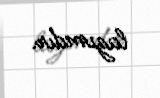
lazımdır.